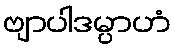
ဗျာပါဒမ္ပာဟံ